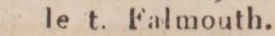
le t. Falmouth.